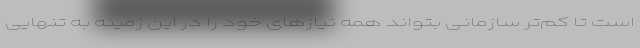
است تا کم‌تر سازمانی بتواند همه نیازهای خود را در این زمینه به تنهایی